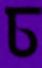
চ